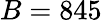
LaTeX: B=845